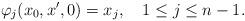
LaTeX: \begin{align*} \varphi_j(x_0,x',0)=x_j,\ \ \ 1\leq j\leq n-1.\end{align*}